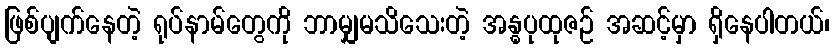
ဖြစ်ပျက်နေတဲ့ ရုပ်နာမ်တွေကို ဘာမျှမသိသေးတဲ့ အန္ဓပုထုဇဉ် အဆင့်မှာ ရှိနေပါတယ်၊